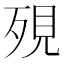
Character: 𪵄